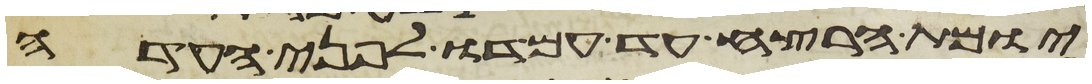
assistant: יומת הרצח עד עמדו לפני העדה